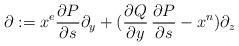
LaTeX: \begin{align*}\partial:=x^{e}\frac{\partial P}{\partial s}\partial_{y}+(\frac{\partial Q}{\partial y}\,\frac{\partial P}{\partial s}-x^{n})\partial_{z}\end{align*}